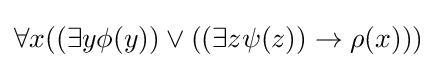
\forall x((\exists y\phi (y))\lor ((\exists z\psi (z))\rightarrow \rho (x)))